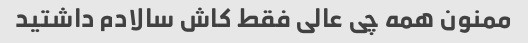
ممنون همه چی عالی فقط کاش سالادم داشتید